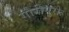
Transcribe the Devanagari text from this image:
गौरीगुरोः